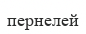
пернелей